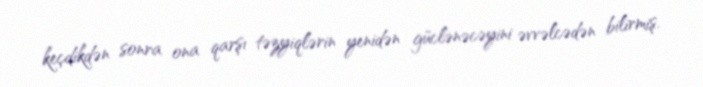
keçdikdən sonra ona qarşı təzyiqlərin yenidən güclənəcəyini əvvəlcədən bilirmiş.